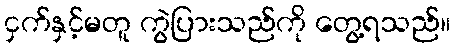
ငှက်နှင့်မတူ ကွဲပြားသည်ကို တွေ့ရသည်။